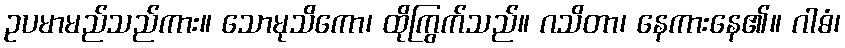
ဥပမာမည်သည်ကား။ သောမုသိကော၊ ထိုကြွက်သည်။ ဂသိတာ၊ နေကားနေ၏။ ဂါဓံ၊